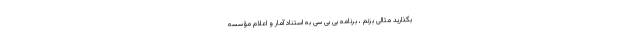
بگذارید مثالی بزنم ، برنامه بی بی سی به استناد آمار و اعلام مؤسسه